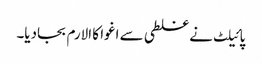
پائیلٹ نے غلطی سے اغوا کا الارم بجادیا۔